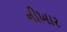
નીખાર